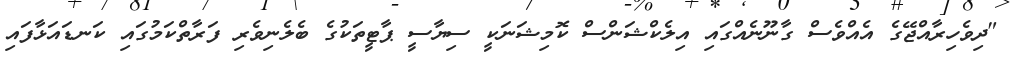
"ދިވެހިރާއްޖޭގެ އެއްވެސް ގާނޫނެއްގައި އިލެކްޝަންސް ކޮމިޝަނަކީ ސިޔާސީ ޕާޓީތަކުގެ ބެލެނިވެރި ފަރާތްކަމުގައި ކަނޑައަޅާފައި